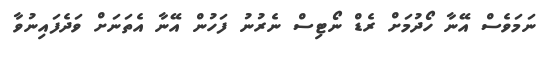
ނަމަވެސް އޭނާ ހޯދުމަށް ރެޑް ނޯޓިސް ނެރުނު ފަހުން އޭނާ އެތަނަށް ވަދެފައިނުވާ